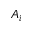
A _ { i }